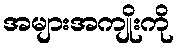
အများအကျိုးကို